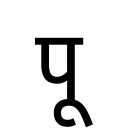
OCR:
पू